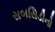
સબસિડીનો